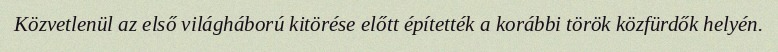
Közvetlenül az első világháború kitörése előtt építették a korábbi török közfürdők helyén.